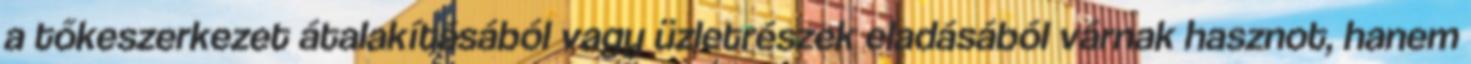
a tőkeszerkezet átalakításából vagy üzletrészek eladásából várnak hasznot, hanem